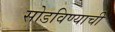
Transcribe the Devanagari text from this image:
सोडविण्याची